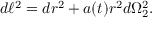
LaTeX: d \ell ^ { 2 } = d r ^ { 2 } + a ( t ) r ^ { 2 } d \Omega _ { 2 } ^ { 2 } .